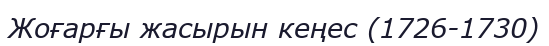
Жоғарғы жасырын кеңес (1726-1730)